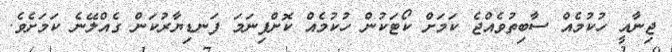
ޖިނާއީ ހުކުމެއް ސާބިތުވެއްޖެ ކަމަށް ކޯޓަކުން ހުކުމެއް ކޮށްފިނަމަ ފަނޑިޔާރުކަން ގެއްލޭނެ ކަމަށެވެ.